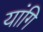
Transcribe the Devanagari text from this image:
यांगि